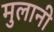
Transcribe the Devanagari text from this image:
मुलानी